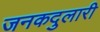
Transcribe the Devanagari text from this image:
जनकदुलारी